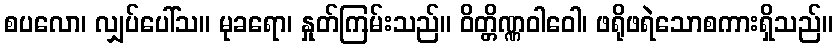
စပလော၊ လျှပ်ပေါ်သ။ မုခရော၊ နှုတ်ကြမ်းသည်။ ဝိတ္တိဏ္ဏဝါဝေါ၊ ဖရိုဖရဲသောစကားရှိသည်။